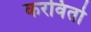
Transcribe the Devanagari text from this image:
करवितो